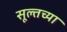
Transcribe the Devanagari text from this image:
सूल्तच्या